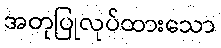
အတုပြုလုပ်ထားသော